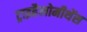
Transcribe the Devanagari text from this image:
ट्राइहैलोमीथेंस